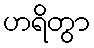
ဟရိတွာ